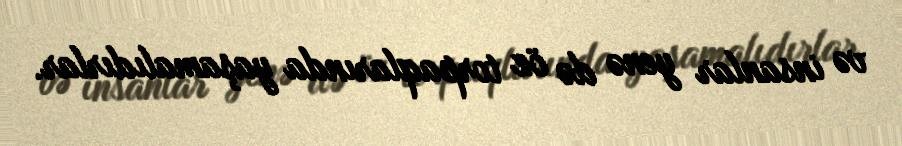
və insanlar yenə də öz torpaqlarında yaşamalıdırlar.